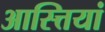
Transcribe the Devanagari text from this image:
आस्त्तियां